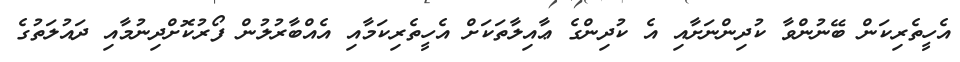
އެހީތެރިކަން ބޭނުންވާ ކުދިންނަށާއި އެ ކުދިންގެ ޢާއިލާތަކަށް އެހީތެރިކަމާއި އެއްބާރުލުން ފޯރުކޮށްދިނުމާއި ދައުލަތުގެ